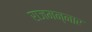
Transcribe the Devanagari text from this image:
राजमन्नार